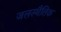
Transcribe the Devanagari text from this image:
जलस्थैतिक